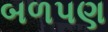
બળપણ